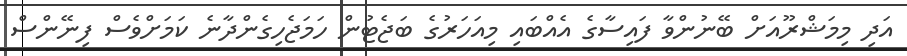
އަދި މިމަޝްރޫއަށް ބޭނުންވާ ފައިސާގެ އެއްބައި މިއަހަރުގެ ބަޖެޓުން ހަމަޖެހިގެންދާނެ ކަމަށްވެސް ފިނޭންސް